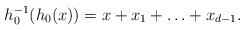
LaTeX: \begin{align*} h_0^{-1}(h_0(x))=x+x_1+\ldots +x_{d-1}. \end{align*}